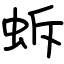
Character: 蚸